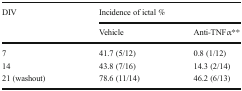
| <ROWSPAN=2> DIV | <COLSPAN=2> Incidence of ictal % |
 | Vehicle | Anti-TNFα** |
 | --- | --- | --- |
 | 7 | 41.7 (5/12) | 0.8 (1/12) |
 | 14 | 43.8 (7/16) | 14.3 (2/14) |
 | 21 (washout) | 78.6 (11/14) | 46.2 (6/13) |